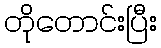
တိုတောင်းပြီး